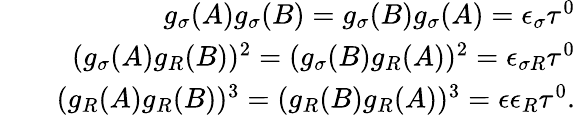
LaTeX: \begin{array}{rlr}&{}&{g_{\sigma}(A)g_{\sigma}(B)=g_{\sigma}(B)g_{\sigma}(A)=\epsilon_{\sigma}\tau^{0}}\\ &{}&{(g_{\sigma}(A)g_{R}(B))^{2}=(g_{\sigma}(B)g_{R}(A))^{2}=\epsilon_{\sigma R}\tau^{0}}\\ &{}&{(g_{R}(A)g_{R}(B))^{3}=(g_{R}(B)g_{R}(A))^{3}=\epsilon\epsilon_{R}\tau^{0}.}\end{array}